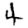
Digit: 4